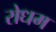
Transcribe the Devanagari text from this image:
रोधम